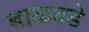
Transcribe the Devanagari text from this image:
बाळवडे